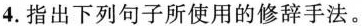
4. 指出下列句子所使用的修辞手法。